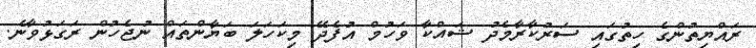
ރައްޔިތުންގެ ހިތުގައި ސަރުކާރާމެދު ޝައްކާ ވަހުމް އުފެދޭ މިކަހަލަ ބަޔާންތައް ނުޖެހުން ރަގަޅުވާނެ.